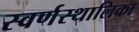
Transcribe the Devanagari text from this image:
स्वर्णस्थालिका